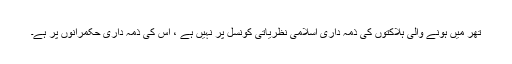
تھر میں ہونے والی ہلاکتوں کی ذمہ داری اسلامی نظریاتی کونسل پر نہیں ہے ، اس کی ذمہ داری حکمرانوں پر ہے۔